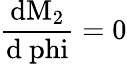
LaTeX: \mathrm{\frac{dM_{2}}{d\ phi}=0}